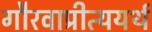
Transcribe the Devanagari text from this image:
गौरवाप्रीत्ययर्थ